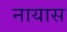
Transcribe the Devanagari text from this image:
नायास